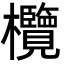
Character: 欖